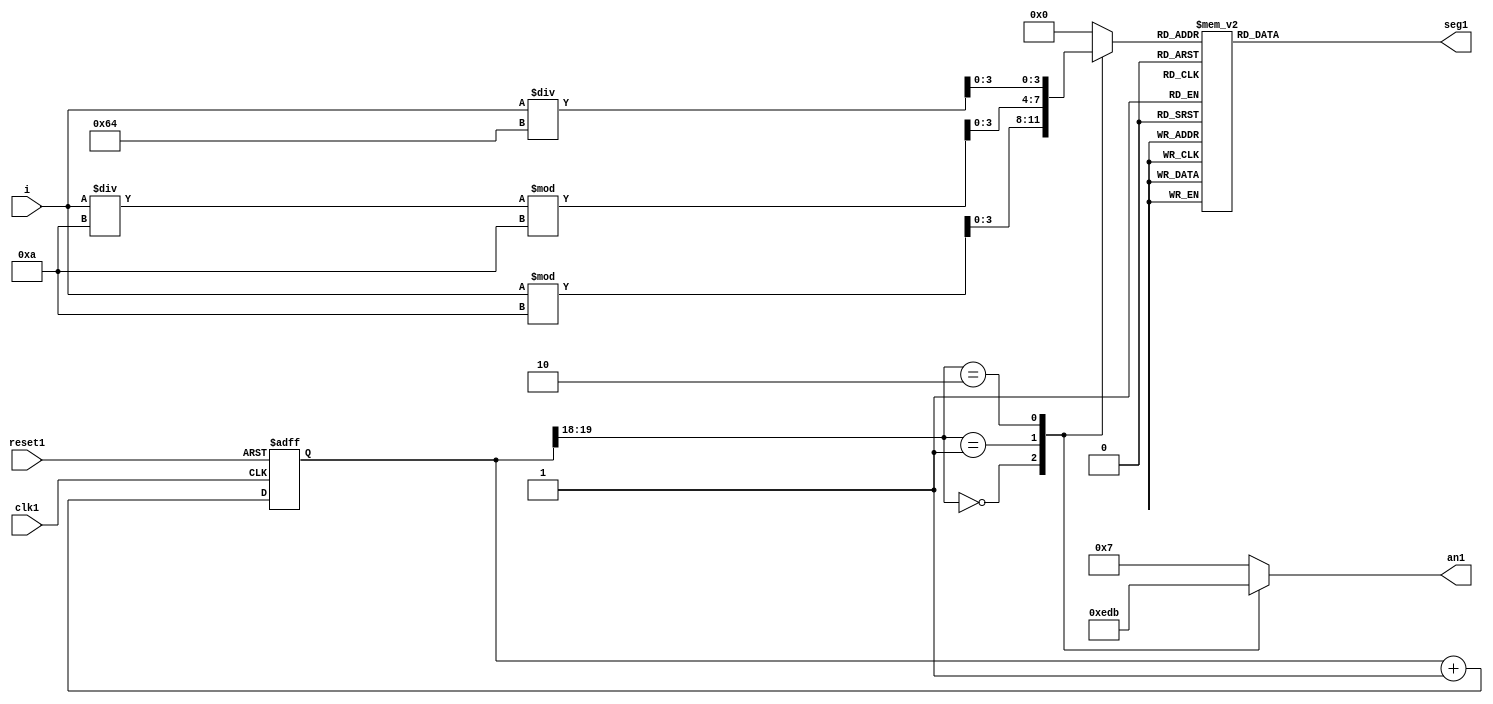
module sseg_top(
    input signed[18:0] i,
    input clk1,
    input reset1,
    output reg[6:0] seg1,
    output reg[3:0] an1
    );

    wire signed[17:0] a;
    wire signed[17:0] b,c;
    assign a = i / 100;
    assign b = (i / 10) %10;
    assign c = i % 10;


    reg [31:0] cout;
    reg [3:0] s;

    always @(posedge clk1 or posedge reset1)
    begin
        if(reset1)
            cout <= 0;
        else
            cout <= cout + 1;
     end
     
    always @(*)
    begin
        case(cout[19:18])
        2'b00: begin
               an1 = 4'b1110;
               s = c;
               end
        2'b01: begin
               an1 = 4'b1101;
               s = b;
               end
        2'b10: begin
               an1 = 4'b1011;
               s = a;
               end
        default: begin
                 an1 = 4'b0111;
                 s = 4'b0000;
                 end
        endcase
     end

    always @(*)
    begin
    case(s)
           4'd0: seg1[6:0] = 7'b1000000;    // digit 0
           4'd1: seg1[6:0] = 7'b1111001;    // digit 1
           4'd2: seg1[6:0] = 7'b0100100;    // digit 2
           4'd3: seg1[6:0] = 7'b0110000;    // digit 3
           4'd4: seg1[6:0] = 7'b0011001;    // digit 4
           4'd5: seg1[6:0] = 7'b0010010;    // digit 5
           4'd6: seg1[6:0] = 7'b0000010;    // digit 6
           4'd7: seg1[6:0] = 7'b1111000;    // digit 7
           4'd8: seg1[6:0] = 7'b0000000;    // digit 8
           4'd9: seg1[6:0] = 7'b0010000;    // digit 9
           default: seg1[6:0] = 7'b1000000; // digit 0
        endcase
    end
    
    

    
    

           
endmodule